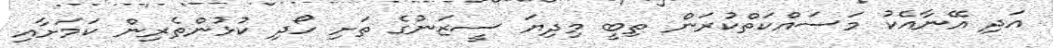
އަދި އޭނާއެކު މަސައްކަތްކުރަން ތިބީ މިދިޔަ ސީޒަނުގެ ތަށި ހޯދި ކުޅުންތެރިން ކަމަށާއި